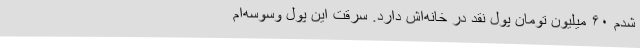
شدم ۶۰ میلیون تومان پول نقد در خانه‌اش دارد. سرقت این پول وسوسه‌ام